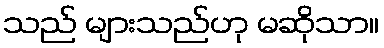
သည် များသည်ဟု မဆိုသာ။